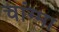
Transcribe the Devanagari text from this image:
चांग्मा